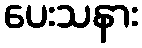
ပေးသနား